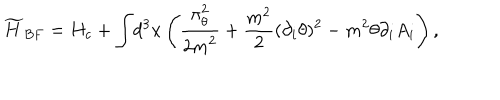
LaTeX: { \widetilde H _ { B F } } = H _ { c } + { \displaystyle \int } d ^ { 3 } x \left( \frac { \displaystyle \pi _ { \theta } ^ { 2 } } { \displaystyle 2 m ^ { 2 } } + \frac { m ^ { 2 } } { 2 } ( \partial _ { i } \theta ) ^ { 2 } - m ^ { 2 } \theta \partial _ { i } A _ { i } \right) ,